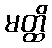
မတ္ထိ